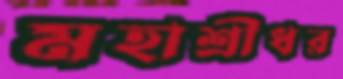
মহাশ্রীধর